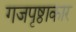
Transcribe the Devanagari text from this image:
गजपृष्ठाकार